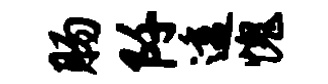
肠阡透愧